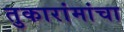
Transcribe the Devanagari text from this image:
तुकारांमांचा